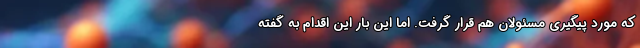
که مورد پیگیری مسئولان هم قرار گرفت. اما این بار این اقدام به گفته